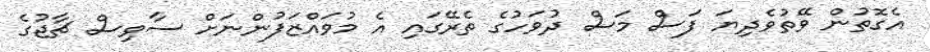
އެގޮތުން ވޭތުވެދިޔަ ފަސް މަސް ދުވަހުގެ ތެރޭގައި އެ މުވައްޒަފުންނަށް ސާވިސް ޗާޖުގެ